Sanitation, dispensaries and jails vaccination Rajputana 1922-1927 - 1922-1927
Year: 1922
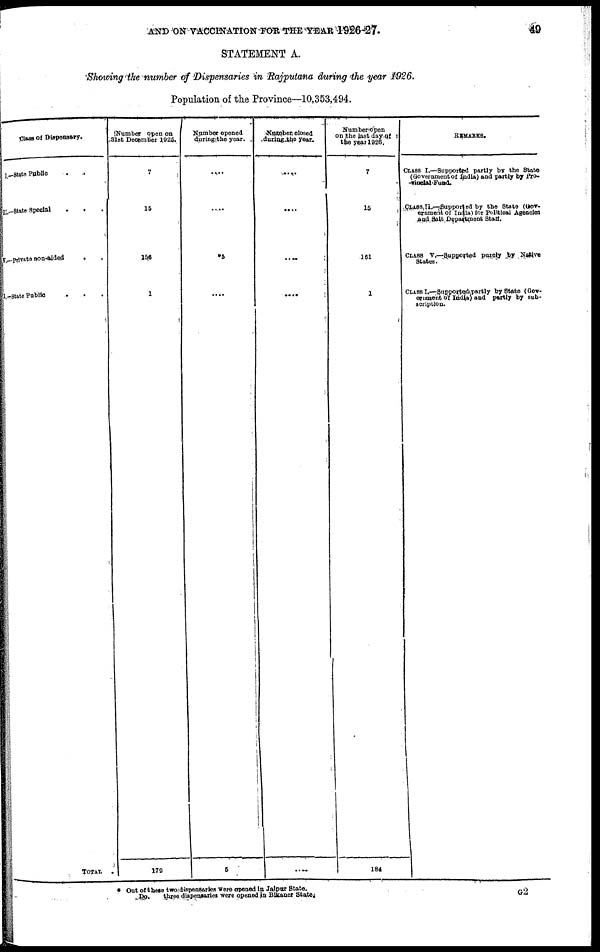
AND ON VACCINATION FOR THE YEAR 1926-27.
49
STATEMENT A.
Showing the number of Dispensaries in Rajputana during the year 1926.
Population of the Province—10,353,494.
Class of Dispensary.
I.—State Public . .
II.—State Special . . .
V—Private non-aided . .
I.—State Public . . .
TOTAL .
Number open on
31st December 1926.
7
15
156
1
179
Number opened
during the year.
....
.....
*5
....
5
Number closed
during the year.
....
....
....
....
....
Number open
1
on the last day of
the year 1926.
7
15
161
1
184
REMARKS.
CLASS I.—Supported partly by the State
(Government of India) and partly by Pro¬
vincial Fund.
CLASS II.—Supported by the State (Gov¬
ernment of India) for Political Agencies
and Salt Department Staff.
CLASS V.—Supported purely by Native
States.
CLASS I.—Supportedy partly by State (Gov-
ernment of India) and partly by sub-
scription.
* Out of these two dispensaries were opened in Jaipur State.
Do.
three dispensaries were opened in Bikaner State,
G2